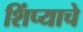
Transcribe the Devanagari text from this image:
शिंप्याचे